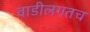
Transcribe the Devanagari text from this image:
वाडीलगतच